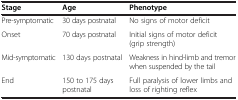
| Stage | Age | Phenotype |
 | --- | --- | --- |
 | Pre-symptomatic | 30 days postnatal | No signs of motor deficit |
 | Onset | 70 days postnatal | Initial signs of motor deficit (grip strength) |
 | Mid-symptomatic | 130 days postnatal | Weakness in hind-limb and tremor when suspended by the tail |
 | End | 150 to 175 days postnatal | Full paralysis of lower limbs and loss of righting reflex |